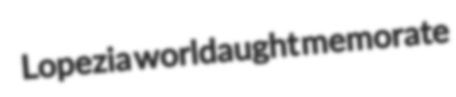
Lopezia worldaught memorate